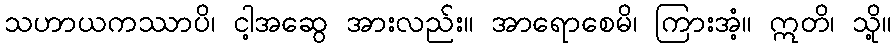
သဟာယကဿာပိ၊ ငါ့အဆွေ အားလည်း။ အာရောစေမိ၊ ကြားအံ့။ ဣတိ၊ သို့။